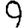
Digit: 9